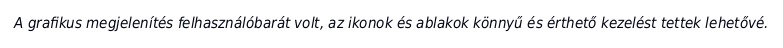
A grafikus megjelenítés felhasználóbarát volt, az ikonok és ablakok könnyű és érthető kezelést tettek lehetővé.